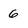
Character: 6